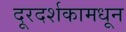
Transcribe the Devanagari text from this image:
दूरदर्शकामधून